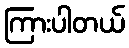
ကြားပါတယ်